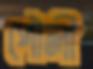
পৌলী